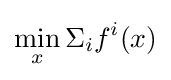
\min _{x}\Sigma _{i}f^{i}(x)